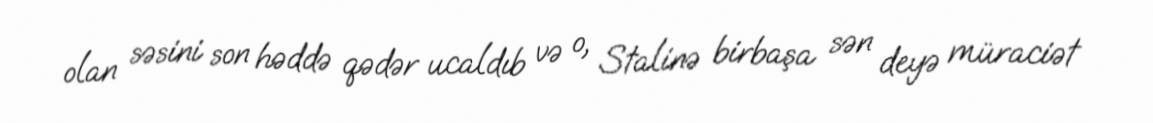
olan səsini son həddə qədər ucaldıb və o, Stalinə birbaşa sən deyə müraciət